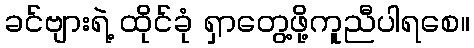
ခင်ဗျားရဲ့ ထိုင်ခုံ ရှာတွေ့ဖို့ကူညီပါရစေ။